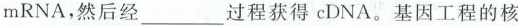
mRNA，然后经___过程获得cDNA。基因工程的核